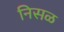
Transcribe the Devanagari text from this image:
निसळ